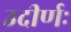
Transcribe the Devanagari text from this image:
उदीर्णः